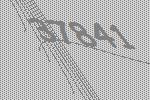
37841